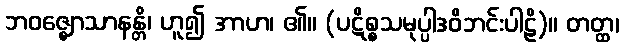
ဘဝဇ္ဈောသာနန္တိ၊ ဟူ၍ အာဟ၊ ၏။ (ပဋိစ္စသမုပ္ပါဒဝိဘင်းပါဠိ)။ တတ္ထ၊